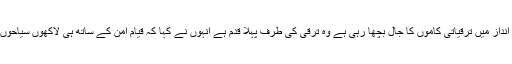
انہوں نے کہا کہ صوبائی حکومت نے گلگت بلتستان میں جس انداز میں ترقیاتی کاموں کا جال بچھا رہی ہے وہ ترقی کی طرف پہلا قدم ہے انہوں نے کہا کہ قیام امن کے ساتھ ہی لاکھوں سیاحوں کا گلگت بلتستان آنا حکومت کی عوامی پالیسیوں کا نتیجہ ہے۔